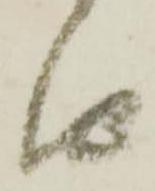
由